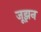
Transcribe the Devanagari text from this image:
जूझन